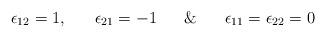
LaTeX: \begin{align*}\epsilon_{12}=1,\,\,\,\,\,\,\,\,\,\,\epsilon_{21}=-1\,\,\,\,\,\,\,\,\,\,\&\,\,\,\,\,\,\,\,\,\,\epsilon_{11}=\epsilon_{22}=0\end{align*}